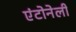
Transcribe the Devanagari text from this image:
एंटोनेली